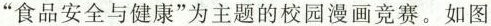
“食品安全与健康”为主题的校园漫画竞赛。如图